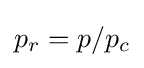
p_{r}=p/p_{c}